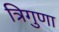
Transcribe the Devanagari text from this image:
त्रिगुणा